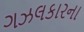
ગઝલકારના